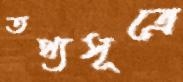
তথ্যসূত্রে